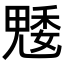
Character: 𮫢